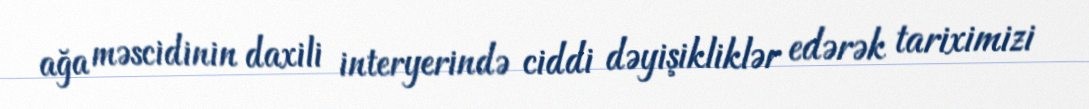
ağa məscidinin daxili interyerində ciddi dəyişikliklər edərək tariximizi